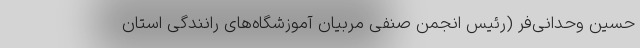
حسین وحدانی‌فر (رئیس انجمن صنفی مربیان آموزشگاه‌های رانندگی استان